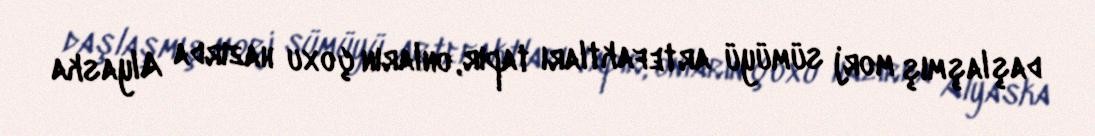
daşlaşmış morj sümüyü artefaktları tapır, onların çoxu hazırda Alyaska